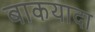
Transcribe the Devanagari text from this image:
बाकयादा